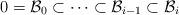
LaTeX: \begin{align*} 0=\mathcal{B}_0\subset\cdots \subset \mathcal{B}_{i-1}\subset\mathcal{B}_i\end{align*}